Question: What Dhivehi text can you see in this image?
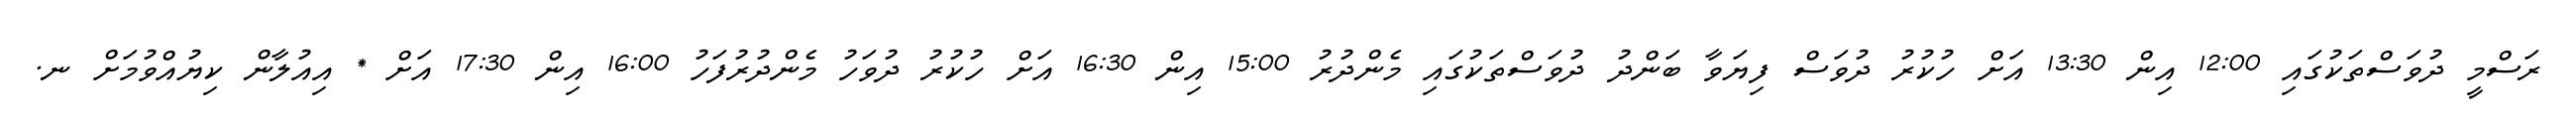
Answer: ރަސްމީ ދުވަސްތަކުގައި 12:00 އިން 13:30 އަށް ހުކުރު ދުވަސް ފިޔަވާ ބަންދު ދުވަސްތަކުގައި މެންދުރު 15:00 އިން 16:30 އަށް ހުކުރު ދުވަހު މެންދުރުފަހު 16:00 އިން 17:30 އަށް * އިއުލާން ކިޔުއްވުމަށް ނ.